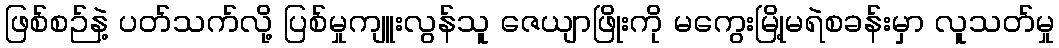
ဖြစ်စဉ်နဲ့ ပတ်သက်လို့ ပြစ်မှုကျူးလွန်သူ ဇေယျာဖြိုးကို မကွေးမြို့မရဲစခန်းမှာ လူသတ်မှု